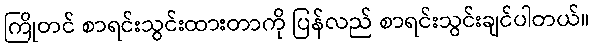
ကြိုတင် စာရင်းသွင်းထားတာကို ပြန်လည် စာရင်းသွင်းချင်ပါတယ်။